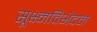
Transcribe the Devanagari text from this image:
सूक्ष्मविभेदन